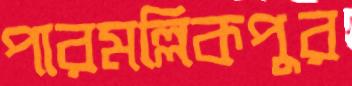
পারমল্লিকপুর